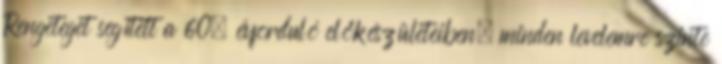
Rengeteget segített a 60. évforduló előkészületeiben, minden levelemre szinte